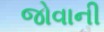
જોવાની